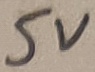
Text: 5V